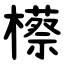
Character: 櫒